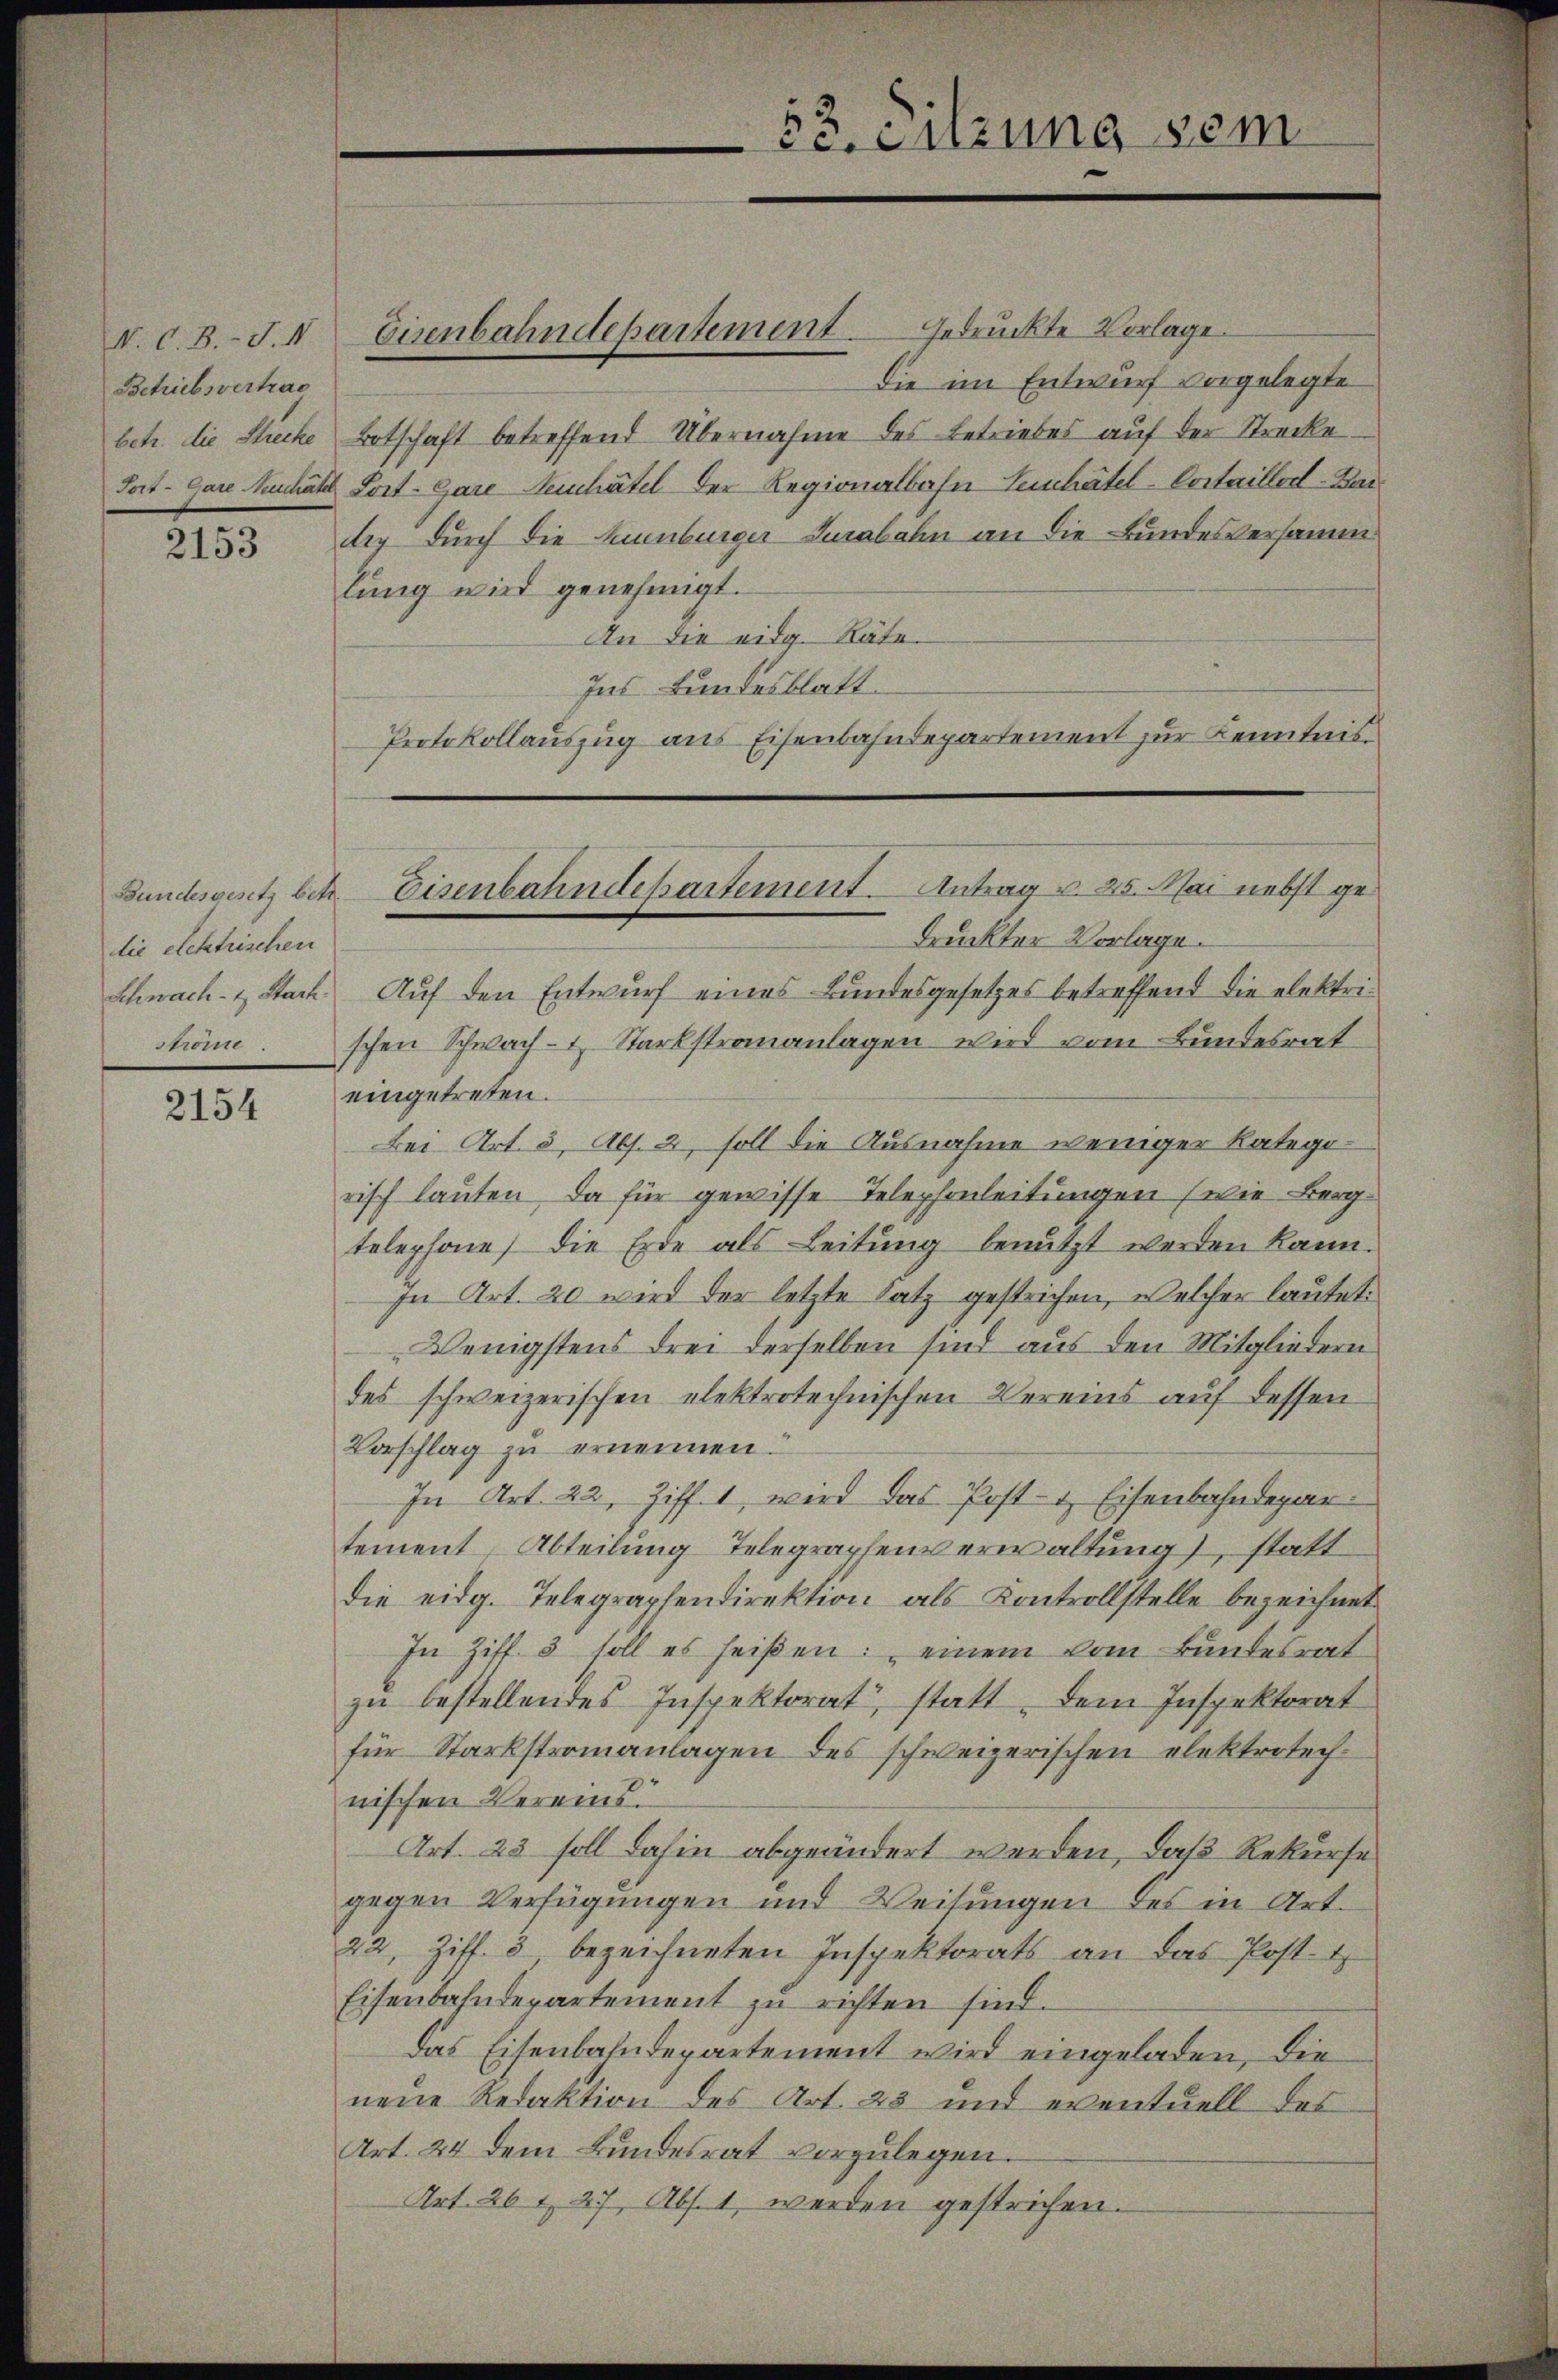
V. C.B.-S. II
Betriebsvertrag
betr. die Strecke
Fort-Care Aeschät

2153

die elektrischen
Schnach- & Sach
ströme

2154

die im Entwurf vorgelegte
Botschaft betreffend Übernahme des Betriebes auf der Strecke
Loct-Gare Seuchätel der Regionalbahn Leihätel-Cortailler-Kar
dig durch die kuenburger Suabahn an die Bundesversammlung wird genehmigt.
An die eidg. Räte.
Ins Bundesblatt.
Protokollauszug aus Eisenbahndepartement zur Kenntnis
druckter Vorlage.
Auf den Entwurf eines Bundesgesetzes betreffend die elektrischen Schwach- & Starkstrananlagen wird vom Bundesrat
eingetreten.
Bei Art. 5, Abs. 2, soll die Ausnahme weniger Kategorisch lauten, da für gewisse Telephonleitungen (wie Berg-
telephone) die Erde als Leitŭng benŭtzt werden kann.
In Art. 20 wird der letzte Satz gestrichen, welcher lautet:
Wenigstens drei derselben sind aus den Mitgliedern
des schweizerischen elektrotechnischen Vereins auf dessen
Vorschlag zu ernennen.
In Art. 22. Ziff. 1, wird das Post- & Eisenbahndepartement Abteilung Telegraphenverwaltung), statt
Die eidg. Telegraphendirektion als Kontrollstelle bezeichnet.
In Ziff. 5 soll es heißen: einem vom Bundesrat
zŭ bestellendes Inspektorat, statt, dem Inspektorat
für Starkstromanlagen des schweizerischen elektrotechnischen Vereinsi
Art. 23 soll dahin abgeändert werden, daß Rekurse
gegen Verfügungen und Weisungen des in Art.
22, Ziff. 3 bezeichneten Inspektorats an das Post.
Eisenbahndepartement zu richten sind.
Das Eisenbahndepartement wird eingeladen, die
neue Redaktion des Art. 23 und eventuell des
Art. 24 dem Bundesrat vorzulegen.
Art. 26 t 27, Abs. 1 werden gestrichen.

Eisenbahndepartement gedruckte Vorlage.

53. Sitzung sei

Bundesgesetz betr. Eisenbahndepartement. Antrag u. 25. Mai nebst ge¬